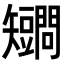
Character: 𥐔